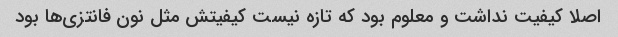
اصلا کیفیت نداشت و معلوم بود که تازه نیست کیفیتش مثل نون فانتزی‌ها بود